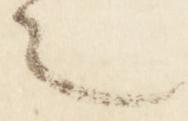
之